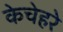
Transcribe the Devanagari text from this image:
केचेहरे